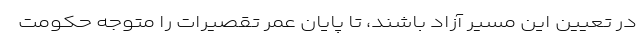
در تعیین این مسیر آزاد باشند، تا پایان عمر تقصیرات را متوجه حکومت